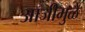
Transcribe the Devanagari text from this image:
आजीमुळे